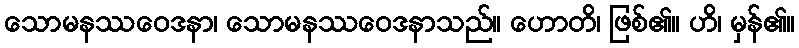
သောမနဿဝေဒနာ၊ သောမနဿဝေဒနာသည်။ ဟောတိ၊ ဖြစ်၏။ ဟိ၊ မှန်၏။